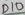
Text: D10